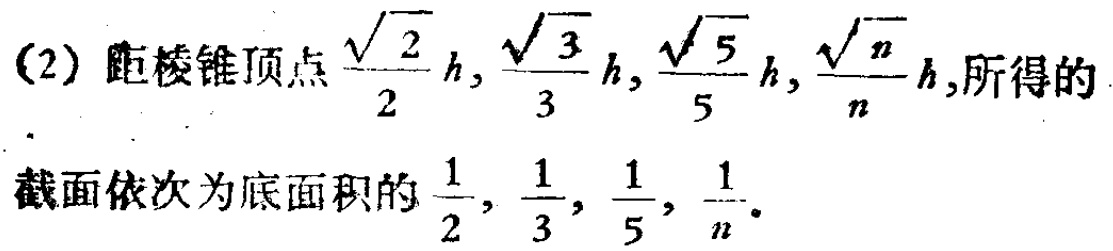
(2) 距棱锥顶点$\frac{\sqrt{2}}{2}h,\frac{\sqrt{3}}{3}h,\frac{\sqrt{5}}{5}h,\frac{\sqrt{n}}{n}h$,所得的截面依次为底面积的$\frac{1}{2},\frac{1}{3},\frac{1}{5},\frac{1}{n}$.